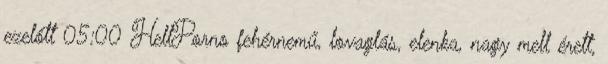
ezelőtt 05:00 HellPorno fehérnemű, lovaglás, elenka, nagy mell érett,